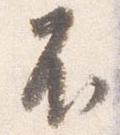
不